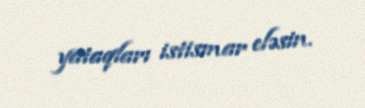
yataqları istismar eləsin.